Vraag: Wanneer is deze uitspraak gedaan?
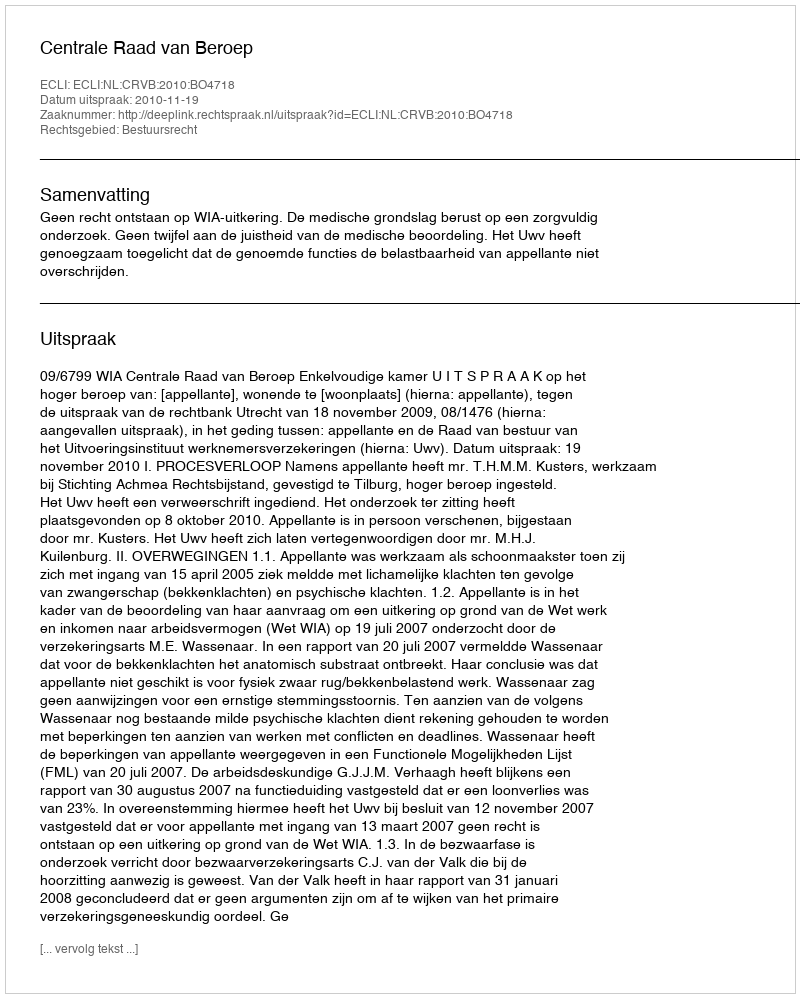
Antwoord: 2010-11-19